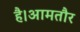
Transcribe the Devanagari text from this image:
है।आमतौर